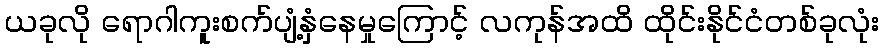
ယခုလို ရောဂါကူးစက်ပျံ့နှံနေမှုကြောင့် လကုန်အထိ ထိုင်းနိုင်ငံတစ်ခုလုံး